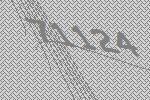
71124